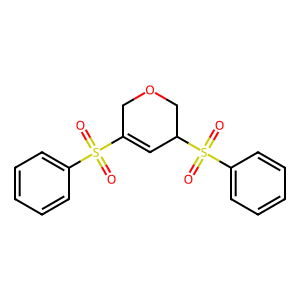
SMILES: O=S(=O)(C1=CC(S(=O)(=O)c2ccccc2)COC1)c1ccccc1
Inhibits HIV replication: No